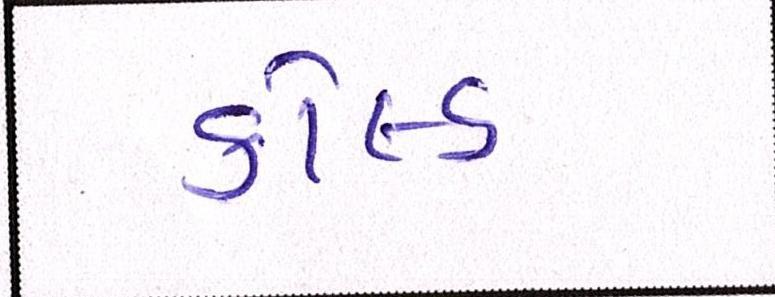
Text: કોલ્ડ